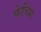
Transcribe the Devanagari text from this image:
फेचिंग